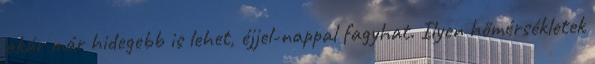
akár már hidegebb is lehet, éjjel-nappal fagyhat. Ilyen hőmérsékletek